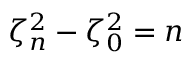
\zeta _ { n } ^ { 2 } - \zeta _ { 0 } ^ { 2 } = n